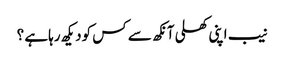
نیب اپنی کھلی آنکھ سے کس کودیکھ رہاہے ؟